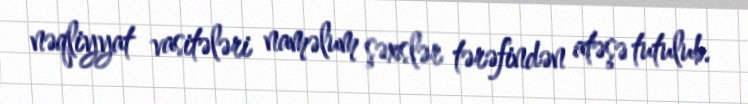
nəqliyyat vasitələri naməlum şəxslər tərəfindən atəşə tutulub.